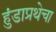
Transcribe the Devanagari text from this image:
हुंडाप्रथेचा